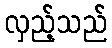
လှည့်သည်